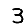
Digit: 3